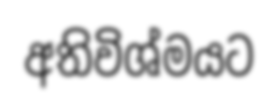
අතිවිශ්මයට